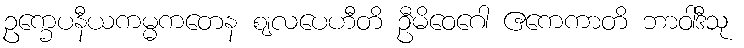
ဥက္ခေပနီယကမ္မကတေန ဈလပေဟီတိ ဦမိဝေဂေါ ဧကေကာတိ ဘာဝါဒီသု